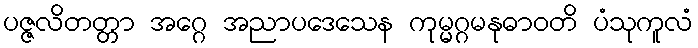
ပဇ္ဇလိတတ္တာ အဂ္ဂေ အညာပဒေသေန ကုမ္မဂ္ဂမနုဓာဝတိ ပံသုကူလံ